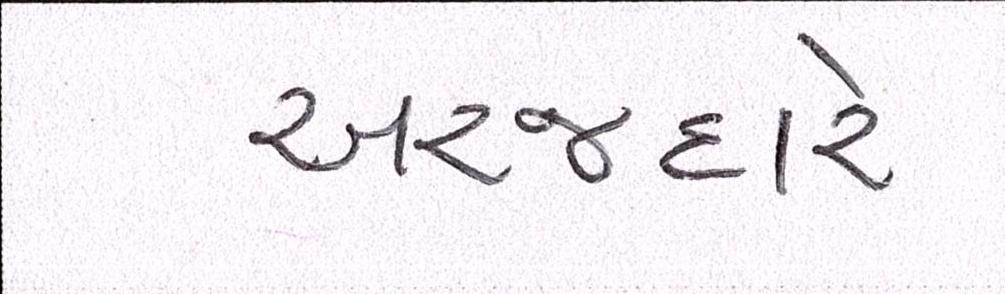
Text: અરજદારે